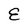
Character: E